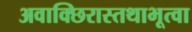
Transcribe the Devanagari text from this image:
अवाक्छिरास्तथाभूत्वा